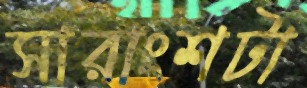
সারাংশটা